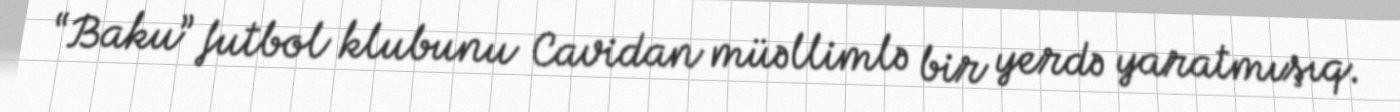
“Baku” futbol klubunu Cavidan müəllimlə bir yerdə yaratmışıq.